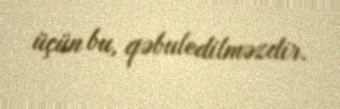
üçün bu, qəbuledilməzdir.